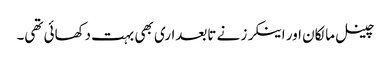
چینل مالکان اور اینکرز نے تابعداری بھی بہت دکھائی تھی۔